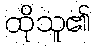
ထိုသူ၏